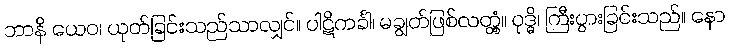
ဘာနိ ယေဝ၊ ယုတ်ခြင်းသည်သာလျှင်။ ပါဋိကင်္ခါ၊ မချွတ်ဖြစ်လတ္တံ့။ ဝုဒ္ဓိ၊ ကြီးပွားခြင်းသည်။ နော